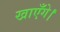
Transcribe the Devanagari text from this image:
खाएँगे।